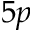
5 p